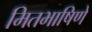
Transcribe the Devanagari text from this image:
मितभाषिणे